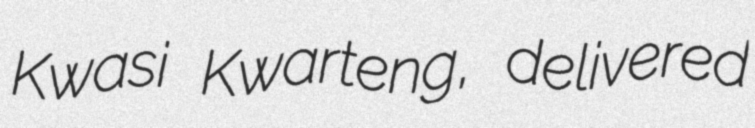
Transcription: Kwasi Kwarteng, delivered